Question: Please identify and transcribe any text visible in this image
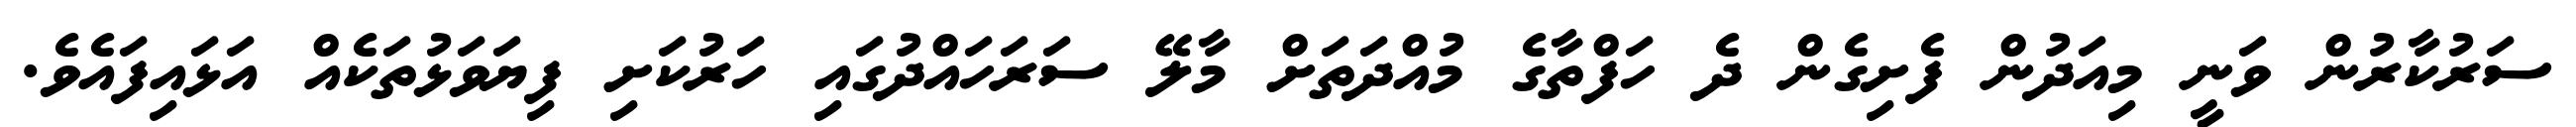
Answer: ސަރުކާރުން ވަނީ މިއަދުން ފެށިގެން ދެ ހަފްތާގެ މުއްދަތަށް މާލޭ ސަރަހައްދުގައި ހަރުކަށި ފިޔަވަޅުތަކެއް އަޅައިފައެވެ.